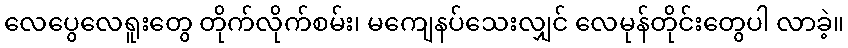
လေပွေလေရူးတွေ တိုက်လိုက်စမ်း၊ မကျေနပ်သေးလျှင် လေမုန်တိုင်းတွေပါ လာခဲ့။